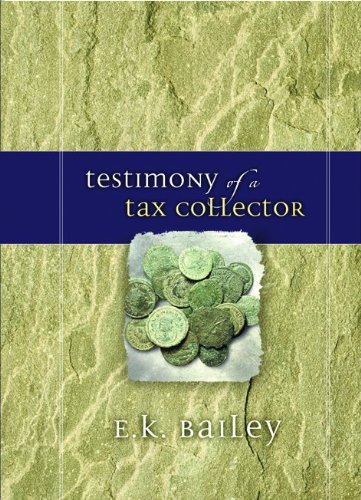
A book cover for Testimony of a Tax Collector; E.K. Bailey; Christian Books & Bibles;